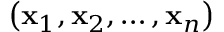
\left( \mathbf { x } _ { 1 } , \mathbf { x } _ { 2 } , \ldots , \mathbf { x } _ { n } \right)